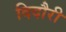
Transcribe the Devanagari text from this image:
दिदौरी